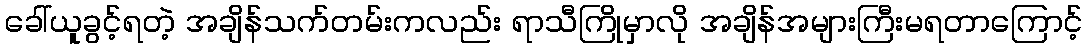
ခေါ်ယူခွင့်ရတဲ့ အချိန်သက်တမ်းကလည်း ရာသီကြိုမှာလို အချိန်အများကြီးမရတာကြောင့်